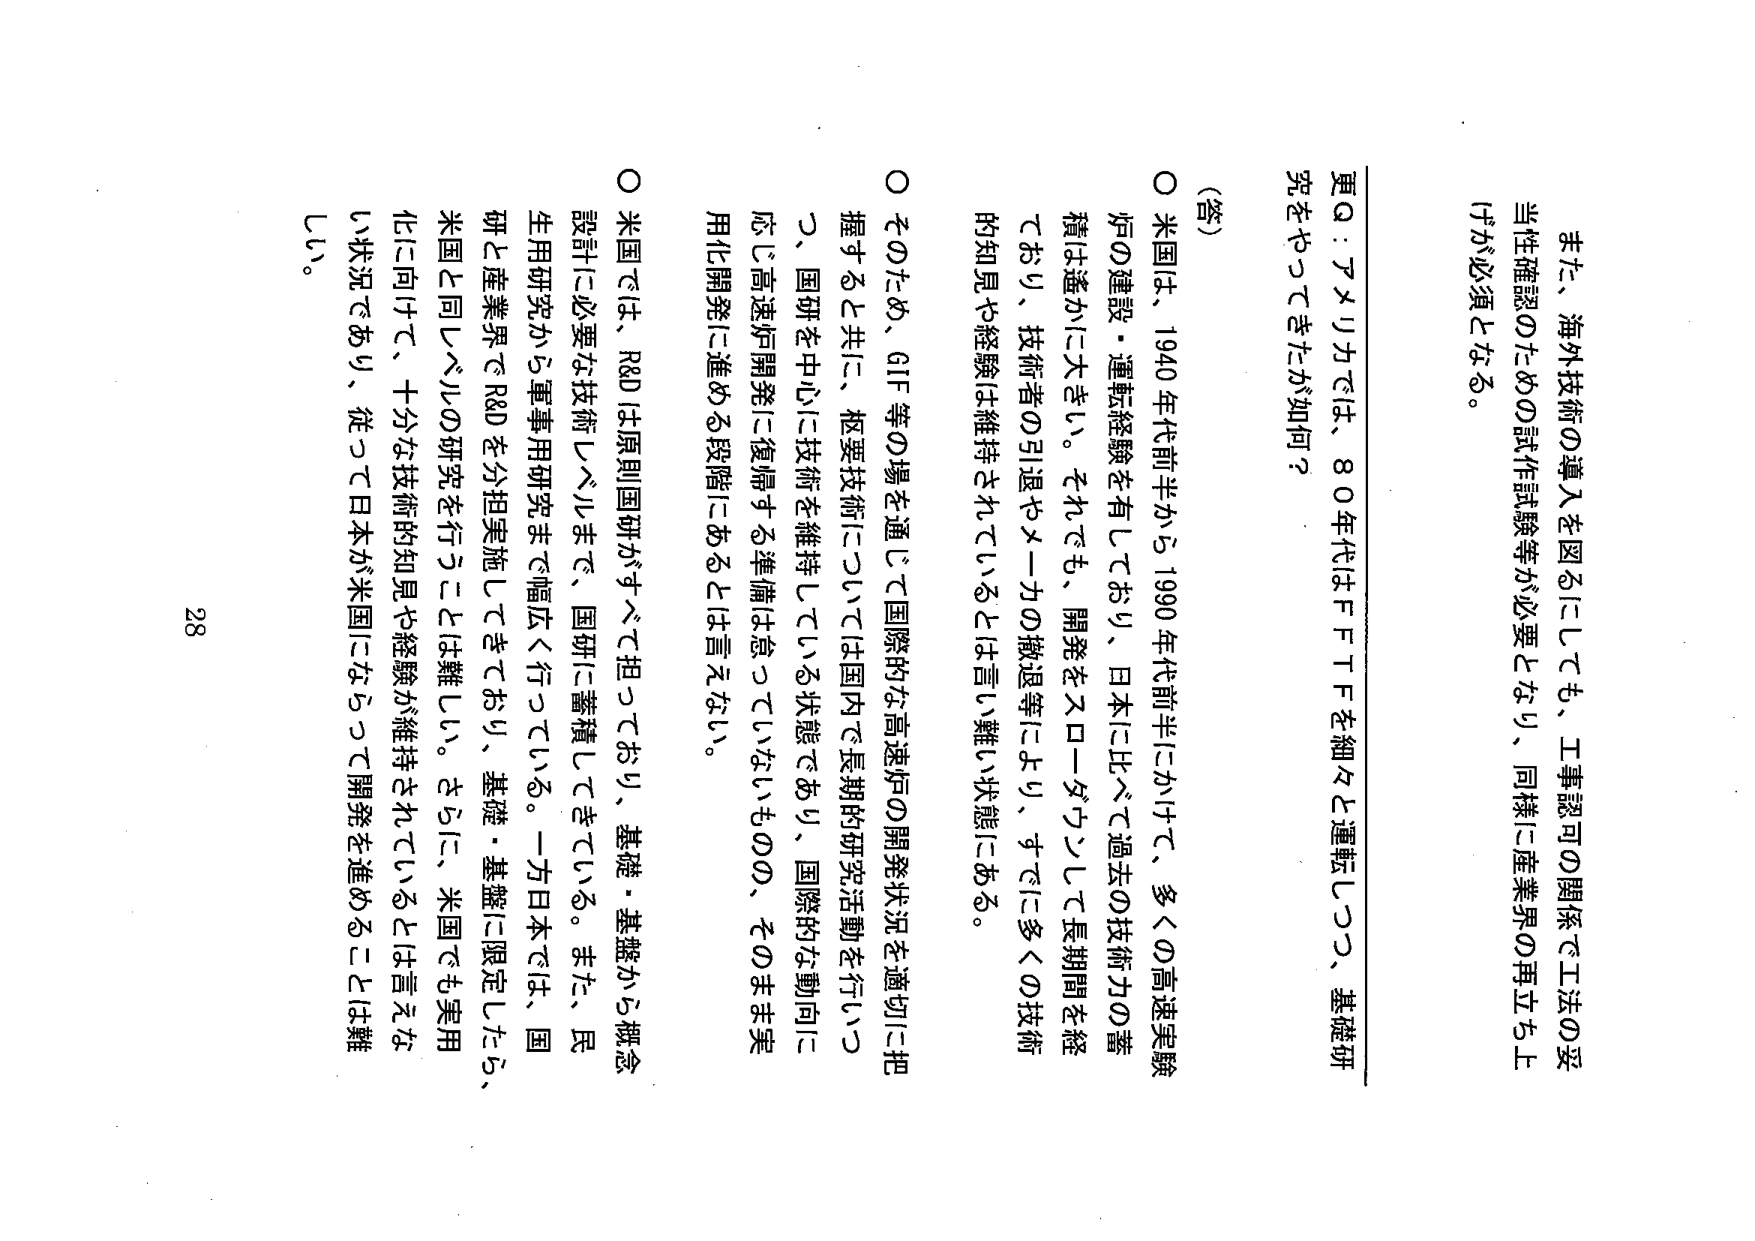
また、海外技術の導入を図るにしても、工事認可の関係で工法の妥当性確認のための試作試験等が必要となり、同様に産業界の再立ち上げが必須となる。

更Q：アメリカでは、80年代はＦＴＦを細々と運転しつつ、基礎研究をやってきたが如何？

（答）
○ 米国は、1940年代前半から1990年代前半にかけて、多くの高速実験炉の建設・運転経験を有しており、日本に比べて過去の技術力の蓄積は遥かに大きい。それでも、開発をスローダウンして長期間を経ており、技術者の引退やメーカの撤退等により、すでに多くの技術的知見や経験は維持されているとは言い難い状態にある。

○ そのため、GIF等の場を通じて国際的な高速炉の開発状況を適切に把握すると共に、枢要技術については国内で長期的研究活動を行いつつ、国研を中心に技術を維持している状態であり、国際的な動向に応じ高速炉開発に復帰する準備は怠っていないものの、そのまま実用化開発に進める段階にあるとは言えない。

○ 米国では、R&Dは原則国研がすべて担っており、基礎・基盤から概念設計に必要な技術レベルまで、国研に蓄積してきている。また、民生用研究から軍事用研究まで幅広く行っている。一方日本では、国研と産業界でR&Dを分担実施してきており、基礎・基盤に限定したら、米国と同レベルの研究を行うことは難しい。さらに、米国でも実用化に向けて、十分な技術的知見や経験が維持されているとは言えない状況であり、従って日本が米国にならって開発を進めることは難しい。

28